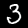
Label: 3